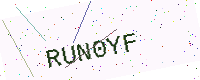
Text: RUN0YF